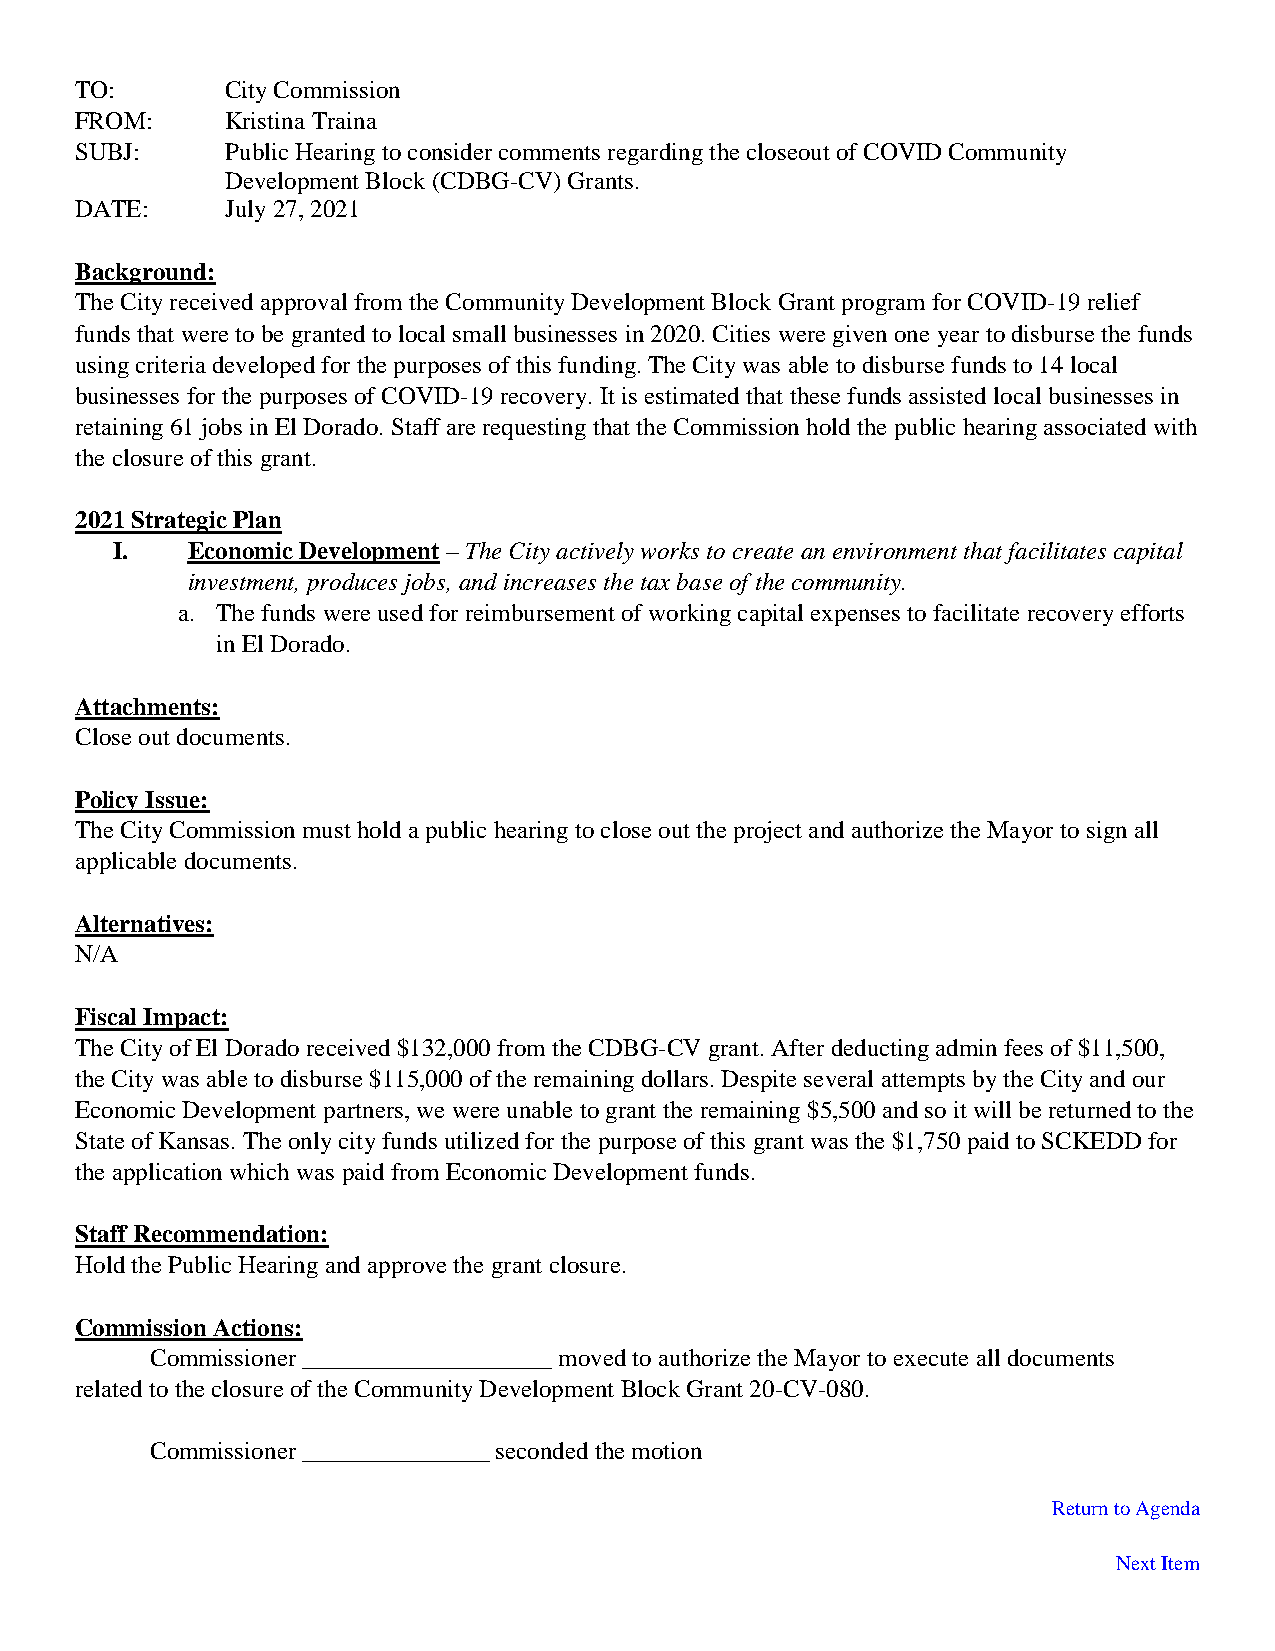
TO:       City Commission
 FROM:     Kristina Traina
 SUBJ:     Public Hearing to consider comments regarding the closeout of COVID Community
 Development Block (CDBG-CV) Grants.
 DATE:     July 27, 2021
 Background:
 The City received approval from the Community Development Block Grant program for COVID-19 relief
 funds that were to be granted to local small businesses in 2020. Cities were given one year to disburse the funds
 using criteria developed for the purposes of this funding. The City was able to disburse funds to 14 local
 businesses for the purposes of COVID-19 recovery. It is estimated that these funds assisted local businesses in
 retaining 61 jobs in El Dorado. Staff are requesting that the Commission hold the public hearing associated with
 the closure of this grant.
 2021 Strategic Plan
 I.   Economic Development – The City actively works to create an environment that facilitates capital
 investment, produces jobs, and increases the tax base of the community.
 a. The funds were used for reimbursement of working capital expenses to facilitate recovery efforts
 in El Dorado.
 Attachments:
 Close out documents.
 Policy Issue:
 The City Commission must hold a public hearing to close out the project and authorize the Mayor to sign all
 applicable documents.
 Alternatives:
 N/A
 Fiscal Impact:
 The City of El Dorado received $132,000 from the CDBG-CV grant. After deducting admin fees of $11,500,
 the City was able to disburse $115,000 of the remaining dollars. Despite several attempts by the City and our
 Economic Development partners, we were unable to grant the remaining $5,500 and so it will be returned to the
 State of Kansas. The only city funds utilized for the purpose of this grant was the $1,750 paid to SCKEDD for
 the application which was paid from Economic Development funds.
 Staff Recommendation:
 Hold the Public Hearing and approve the grant closure.
 Commission Actions:
 Commissioner ____________________ moved to authorize the Mayor to execute all documents
 related to the closure of the Community Development Block Grant 20-CV-080.
 Commissioner _______________ seconded the motion
 Return to Agenda
 Next Item